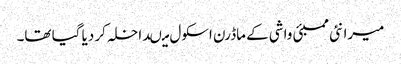
میرا نئی ممبئی واشی کے ماڈرن اسکول میںداخلہ کر دیا گیا تھا۔